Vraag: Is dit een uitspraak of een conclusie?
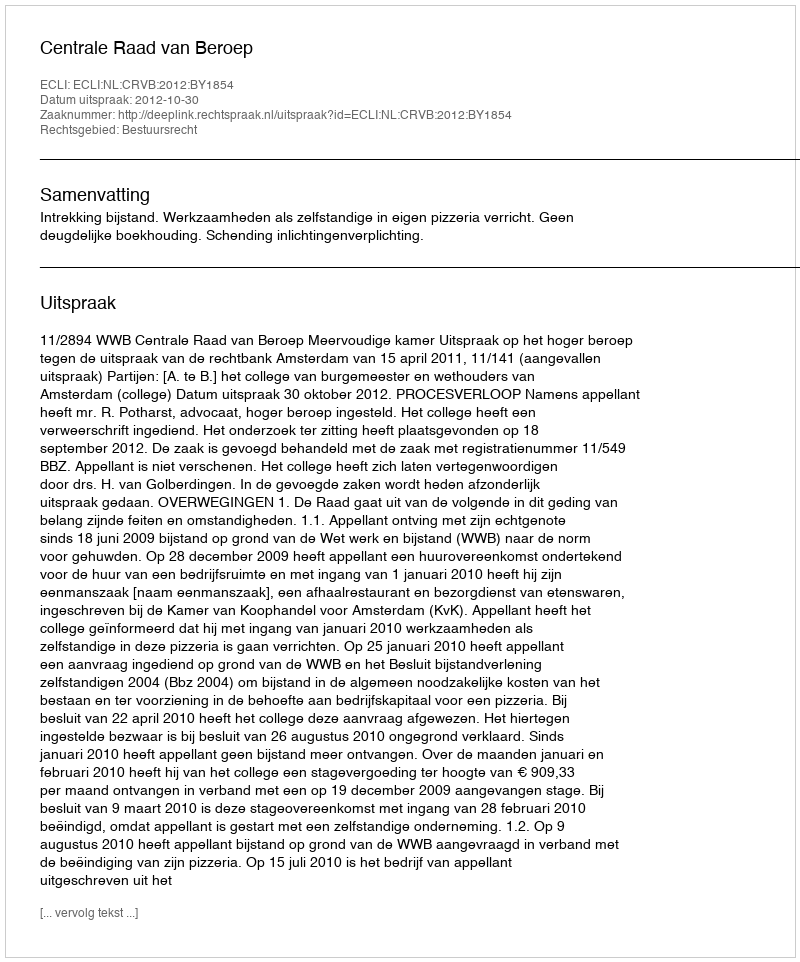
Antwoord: Uitspraak